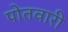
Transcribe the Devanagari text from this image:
पोतवारी